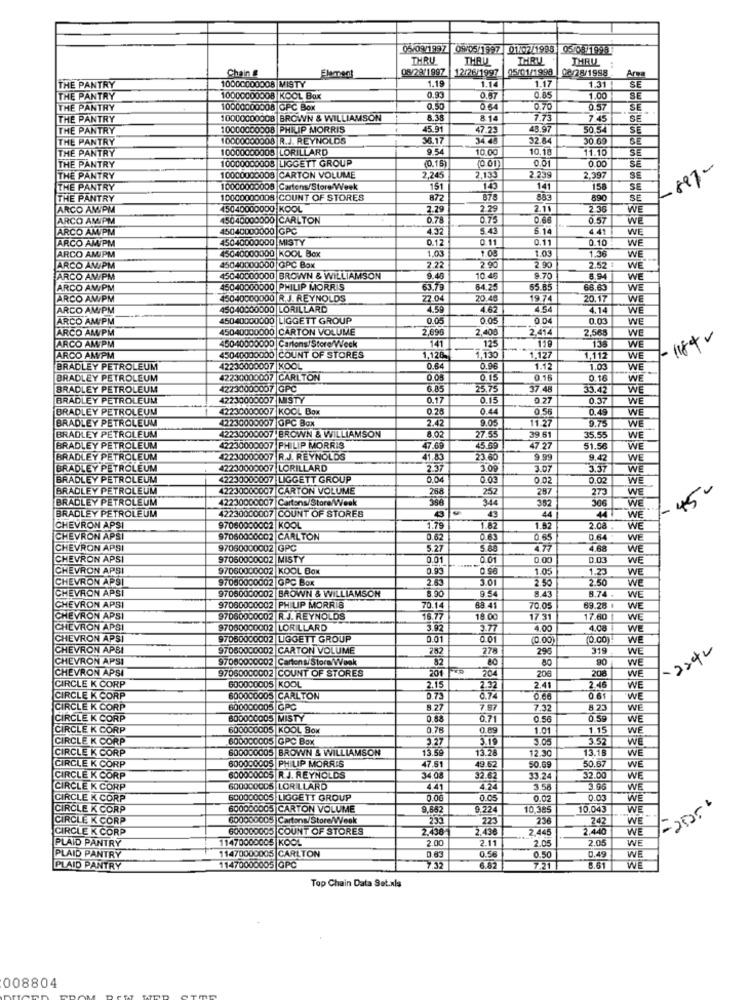
02/091897 08/05/1997 01/07/1998 05 3 93
THRU
THRU
IHRU
THRU
Chain &
08/29/1 997
12/26/1997
05/01/1998
08/28/1998
THE PANTRY
1.19
1.14
1.17
Arma
10000000008 MISTY
1.31 !
SE
THE PANTRY
10000000008 KOOL Box
0.93
0.67
0.85
1.00
BE
THE PANTRY
10000000008 GFC Box
0.50
064
0.70
0.57
SE
THE PANTRY
10000000008 BROWN & WILLIAMSON
8.38
8.14
7.73
7.45
THE PANTRY
10000000008 PHILIP MORRIS
45.91
47.25
48.97
50.5.
SÉ
THE PANTRY
10000000008 R.J. REYNOLDS
36.17
3445
32.84
30.6
BE
THE PANTRY
10000000003 LORILLARD
9.54
10.00
10.18
11.16
THE PANTRY
10000000003 LIGGETT GROUP
(0.15)
0.01
0.00
(10 01)
SE
-897-
THE PANTRY
10000000008 CARTON VOLUME
2.245
2.133
2.239
2.397
SE
THE PANTRY
10000000000 Cartens/Store Week
151
143
141
158
SE
THE PANTRY
10000000008 COUNT OF STORES
878
883
890
SE
ARCO AMIPM
45040000000 KOOL
2.29
2 29
2.11
2 36
WE
ARCO AMIPM
45040000000 CARLTON
0.78
0.75
0.68
0.57
WE
ARCO AM/PM
45040000000 GPC
4.32
5.43
6.14
WE
ARCO AM/PM
45040000000 MISTY
0.12
0.11
0.11
0.10
WE
45040000000 KOOL Box
1.03
WE
ARCO AM/PM
1.08
1.03
1.36
ARCO ANIPM
45040000000 GPC Box
290
2.90
2.52
WE
ARCO AM/PM
45040000000 BROWN & WILLIAMSON
9.40
10 4
8.70
6.94
WE
ARCO AMIPM
45040000000 PHILIP MORRIS
63.79
64,25
55.85
68.63
WE
ARCO AM/PM
45040000000 R.J. REYNOLDS
22.04
20.45
19 74
20.17
WE
ARCO AM/PM
45040000000 LORILLARD
4.59
4.62
4.54
4.14
WE
ARCO AM/PM
45040000000 |LIGGETT GROUP
0.05
0.05
0.04
0.03
WE
ARCO AM/PM
45040000000 CARTON VOLUME
2,096
2,408
2.414
2,56
WE
450410000000 Cartons/Store/Week
141
138
WE
- 18+ v
ARCO AMPM
125
119
ARCO AM/PM
45040000000 COUNT OF STORES
.128.
1,130
1.127
1,112
WE
BRADLEY PETROLEUM
42230000007 KOOL
0.64
0.98
1.12
1.03
WE
BRADLEY PETROLEUM
42230000007 CARLTON
0.05
0.15
0.16
0.16
WE
BRADLEY PETROLEUM
42230000007 GPC
6.85
25.75
57.48
33.42
WE
BRADLEY PETROLEUM
42230000007 MISTY
0.17
0.15
0.77
0.37
WE
BRADLEY PETROLEUM
42230000007 KOOL Box
0.26
0.44
0.50
0.49
WE
BRADLEY PETROLEUM
42230000007 GPC Box
2.42
9.05
1 27
9.75
WE
42230000007 BROWN & WILLIAMSON
8.02
WE
BRADLEY PETROLEUM
27.35
39.61
35.5
BRADLEY PETROLEUM
42230000007 PHILIP MORRIS
47.69
45.69
47 27
51.56
WE
BRADLEY PETROLEUM
42230000007 R.J. REYNOLDS
41.63
23.60
9.99
9.42
WE
BRADLEY PETROLEUM
42230000007 LORILLARD
2.37
3.09
3.07
3.37
WE
BRADLEY PETROLEUM
42230000007 LIGGETT GROUP
0.04
0.03
0.02
0.02
WE
BRADLEY PETROLEUM
42230000007 CARTON VOLUME
288
252
287
273
WE
45.
BRADLEY PETROLEUM
42230000007 Cartons/Store/Week
344
352
306
BRADLEY PETROLEUM
42230000007 COUNT OF STORES
44
WE
WE
43
CHEVRON APSI
97060000002 KOOL
1.79
1.82
1.82
2.08
WE
CHEVRON APSI
97060000002 CARLTON
0.62
0.63
0.65
0.64
WE
CHEVRON APSI
97060000002 GPC
5.27
4.77
4.68
WE
CHEVRON APS
97060000002 MISTY
0.01
0.01
0.00
0.03
WE
CHEVRON APSI
97060000002 KOOL Box
0.93
1.05
1.23
WE
CHEVRON APSI
97060000002 GPC Box
2.63
3.01
1.50
2.50
WE
CHEVRON APSI
97060000002 BROWN & WILLIAMSON
8.90
8.43
8.74
WE
954
CHEVRON APSI
97060000002 PHILIP MORRIS
70.14
38.41
70.05
69.28 .
WE
CHEVRON APSI
97060000002 R.J. REYNOLDS
16.77
18.00
17.31
17.60
WE
CHEVRON APSI
97060000002 LORILLARD
3.92
3.77
4.00
4.08
WE
CHEVRON APSI
97060000002 LGGETT GROUP
0.01
0.01
(0.00)
(0.00)
WE
CHEVRON APSI
97060000002 CARTON VOLUME
252
278
29
319
WE
CHEVRON APSI
97080000002 Cartons/ Store/Week
82
00
80
90
WE
CHEVRON APSI
97060000002 COUNT OF STORES
201
204
208
WE
206
CIRCLE K CORP
600000ODS KOOL
2.15
2.32
2.41
2.46
WE
CIRCLE K CORP
600000005 CARLTON
0.73
0.74
0.06
0 61
WE
CIRCLE K CORP
600000005 GPC
8.27
7.97
7.32
8 23
WE
CIRCLE K CORP
8000000OS MISTY
0.88
0.71
0.56
0.59
WE
CIRCLE K CORP
600000005 KOOL Box
0.78
0.89
1.01
1.15
WE
CIRCLE K CORP
600000005 GPC Box
3.27
3.19
3.52
WE
CIRCLE K CORP
600000005 BROWN & WILLIAMSON
3.59
13.28
12.30
15.18
WE
800000005 PHILIP MORRIS
WE
CIRCLE K CORP
47.81
19 62
50.69
50.67
CIRCLE K CORP
600000005 R.J. REYNOLDS
34 08
32.62
33.24
32.00
WE
CIRCLE K CORP
600000005 LORILLARD
441
4.24
358
WE
CIRCLE K CORP
600000005 LIGGETT GROUP
0.06
0.05
0.02
0.0
CIRCLE K CORP
600000005 CARTON VOLUME
9.852
9.224
10,385
10.045
WE
-2556
CIRCLE K CORP
000000005 Cartons/Store/Week
223
236
242
WE
CIRCLE K CORP
600000005 COUNT OF STORES
2.438
2.436
2.445
WE
PLAID PANTRY
11470000005 KOOL
2 00
2.11
2.05
2.05
WE
0.56
0.50
0.49
PLAID PANTRY
11470000005 CARLTON
8.61
WE
PLAID PANTRY
11470000005 0PC
6.82
7.21
WE
Top Chain Data Set.xls
008804